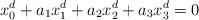
LaTeX: \begin{align*} x_0^d + a_1x_1^d+ a_2x_2^d+ a_3x_3^d = 0\end{align*}